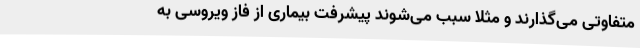
متفاوتی می‌گذارند و مثلا سبب می‌شوند پیشرفت بیماری از فاز ویروسی به